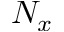
N _ { x }